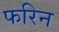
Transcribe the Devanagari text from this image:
फरिन